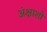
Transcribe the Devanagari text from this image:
अंक्षाशों